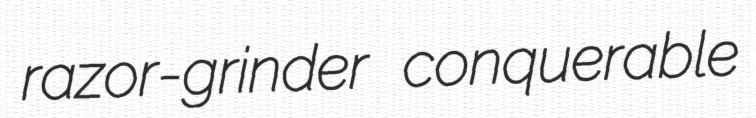
razor-grinder conquerable